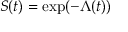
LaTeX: \, S ( t ) = \exp ( - \Lambda ( t ) )